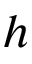
h